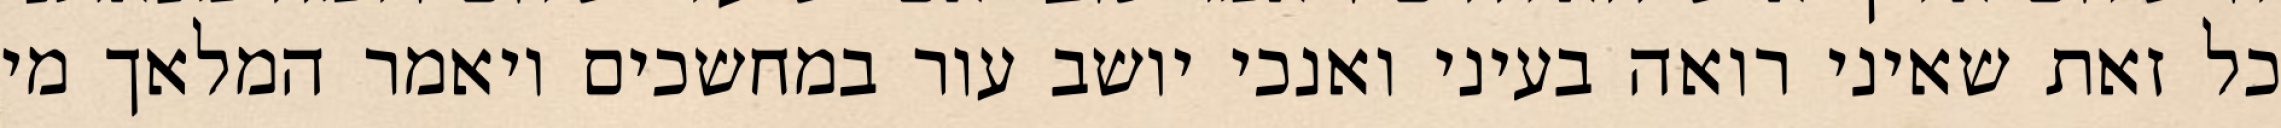
כל זאת שאיני רואה בעיני ואנכי יושב עור במחשכים ויאמר המלאך מי